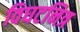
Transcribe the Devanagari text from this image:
विघटनित्र